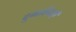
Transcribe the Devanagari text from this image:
दुभार्वनाएँ